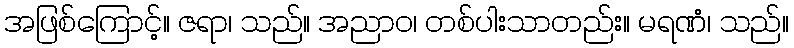
အဖြစ်ကြောင့်။ ဇရာ၊ သည်။ အညာဝ၊ တစ်ပါးသာတည်း။ မရဏံ၊ သည်။